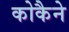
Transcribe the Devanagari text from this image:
कोकैने